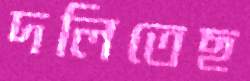
দলিতেছ